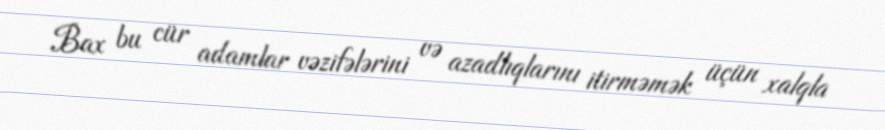
Bax bu cür adamlar vəzifələrini və azadlıqlarını itirməmək üçün xalqla